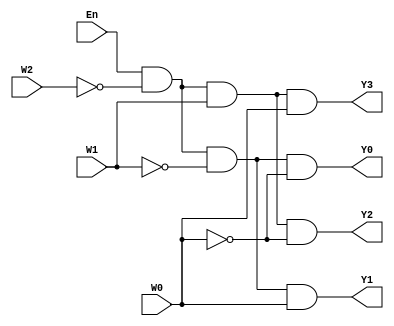
// This program was cloned from: https://github.com/regales/cpre281
// License: Apache License 2.0

module Decoder2to4 (En, W2, W1, W0, Y0, Y1, Y2, Y3);
	input En, W2, W1, W0;
	output Y0, Y1, Y2, Y3;
	assign Y0 = (En &(~W2) & (~W1) & (~W0)),
	       Y1 = (En & (~W2) & (~W1) & W0),
			 Y2 = (En & (~W2) & W1 & (~W0)),
			 Y3 = (En & (~W2) & W1 & W0);
endmodule